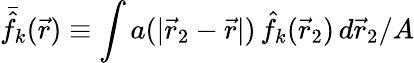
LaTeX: \bar{\hat{f}}_{k}(\vec{r})\equiv\int a(|\vec{r}_{2}-\vec{r}|)\, \hat{f}_{k}(\vec{r}_{2})\, d\vec{r}_{2}/A